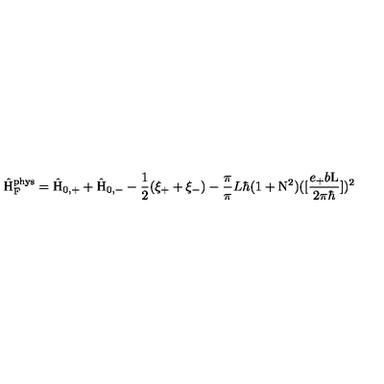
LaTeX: \hat { \mathrm { H } } _ { \mathrm { F } } ^ { \mathrm { p h y s } } = \hat { \mathrm { H } } _ { 0 , + } + \hat { \mathrm { H } } _ { 0 , - } - \frac { 1 } { 2 } ( \xi _ { + } + \xi _ { - } ) - \frac { \pi } { \pi } { L } { \hbar } ( 1 + \mathrm { N } ^ { 2 } ) ( [ \frac { e _ { + } b \mathrm { L } } { 2 { \pi } { \hbar } } ] ) ^ { 2 }